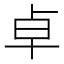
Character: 卓